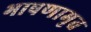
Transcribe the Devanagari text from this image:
भाषणामृत